Vaccination in Bombay 1869-1873 - 1869-1873
Year: 1869
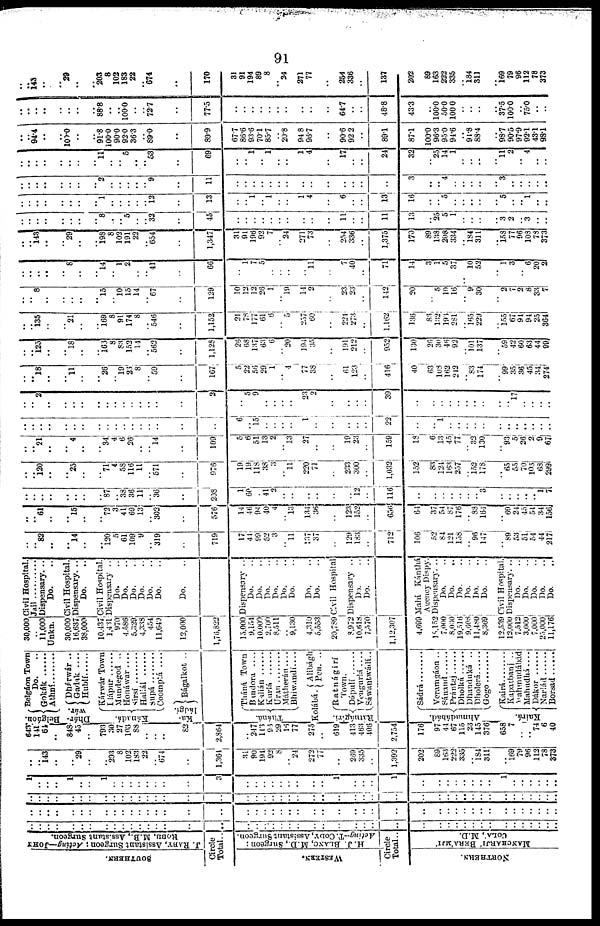
91
SOUTHERN.
J. RABY, Assistant Surgeon; Acting—JOHS
HOBB, M.B., Assistant Surgeon.
Circle
Total ..
WESTERN.
H. J. BLANC, M.D., Surgeon ;
Acting-T. CODY, Assistant Surgeon.
Circle
Total ..
NORTHERN.
MANCHARJI' BERA,MJI'
COLA', M.D.
..
..
..
..
..
..
..
..
..
..
..
..
..
..
..
..
..
..
..
..
..
..
..
..
..
..
..
..
..
..
..
..
..
..
..
..
..
..
..
..
..
..
..
..
..
..
..
..
..
..
..
..
..
..
..
..
..
..
..
..
..
..
..
..
..
..
..
..
..
..
..
..
..
..
..
..
..
..
..
..
..
..
..
..
..
..
..
..
..
..
..
..
..
..
..
..
..
..
..
..
..
..
..
..
..
..
..
..
..
..
..
..
..
..
..
..
..
..
..
.. ..
..
..
..
..
..
..
..
..
..
..
..
..
..
..
..
..
..
1
..
..
..
1
..
..
1
..
..
..
..
..
..
..
..
3
..
..
..
..
..
..
..
..
..
1
..
..
..
1
..
..
..
..
..
..
..
..
1
..
..
..
..
..
..
..
.. 143
..
..
29
..
..
203
8
102
183
22
..
674
..
1,364
31
90
194
92
8
.. 24
272
77
..
269
335
..
1,392
203
89
163
222
335
.. 184
311
..
169
79
96
112
78
373
64.3
141
64
..
848
45
..
793
30
27
103
88
..
..
..
82
2,864
..
247
143
96
29
16
77
275
..
619 413
463
406
2,745 176
97
44
67
115
23
145
376
658
7
.. .. 74
6
40
Belgáon
Belgáon Town
Do. ..
Gokák ......
Athní..........
Dhár¬
wár.
Kánadá
Dhárwár ..
Gadak ....
Hublí......
Kárwár Town
Hápur ......
Mundegod ..
Honáwar ....
Sirsí ........
Haliál ........
Supá ........
Coomptá ....
Ka¬
ládgi.
Bágalkot ..
Tháná.
Tháná Town
Bmdora ....
Kalián........
Kurlá
......
Uran........
Mátherán ....
Bhiwandí....
Kolábá.
Ratnágirí.
Alibágh
Pen. ..
Ratnágirí
Town.
Dápulí ......
Vengurlá.... Sáwantwádá..
Ahmadábád
Kairá
Sádrá ......
Veramgáon ..
Sánand ......
Prántej......
Dholká ..
Dhanduká ..
Dholerá......
Gogo........
Kairá ........
Kapatbanj ..
Vahmudábád
Mahudhá....
Dákor ......
Nariád........
Borsad ......
30,000
.. 11,000
Unkn.
30,000
16,637
38,000
10,437
1,431
970
4,586
6,329
4,338
454
11,649
12,000
1,76,822
15,000
9,154
10,000
2,700
8,511
.. 9,130
4,310
5,553
20,789
8,972
10,618
7,570
1,12,307
4,699
18,152
7,000
8,030
19,516
9,608
11,480
8,369
12,539
12,000
7,512
3,000
7,000
25,000
11,176
Civil Hospital.
Jail............
Dispensary. ..
Do. ..
Civil Hospital.
.Dispensary. ..
Do. ..
Civil Hospital .
Dispensary ..
Do. ..
Do. ..
Do. ..
Do. ..
Do. ..
Do. ..
Do. ..
Dispensery ..
Do. ..
Do. ..
Do. ..
Do. ..
Do. ..
Do. ..
Do. ..
Do. ..
Civil Hospital
Dispensary ..
Do. ..
Do. ..
Mahí Kánthá
Agency Dispy.
Dispensary. ..
Do. ..
Do. ..
Do. ..
Do. ..
Do. ..
Do. ..
Civil Hospital.
Dispensary. ..
Do. ..
Do. ..
Do. ..
Do. ..
Do. ..
..
.. 82
..
..
14
..
..
120
5 61
109
9
.. 319
..
719
17
41
99
52
3
.. 11
137
37
..
129
183
..
712
106
52
84
121
158,
.. 96
147
..
89
53
51
54
44
217
..
.. 61
..
..
15
..
..
72
3
41
69
13
.. 302
..
576
14
46
94
40
4
.. 13
134
36
..
123
152
..
656
64
37
54
87
176
.. 88
164
..
69
24
45
54
34
156
..
..
..
..
..
..
..
..
87
.. 33
36
11
.. 36
..
208
11
60
.. 41
2
..
..
..
..
..
..
12
..
116
..
..
..
..
..
..
.. 3
..
..
..
..
.. 1
7
..
.. 120
..
..
25
..
..
71
4
58
116
11
.. 571
..
976
19
19
118
38
3
..
11
220
71
..
233
300
..
1,032
152
83
124
163
257
.. 152
178
..
65
55
70
103
68
299
..
.. 21
..
..
4
..
..
34
4
6
26
..
.. 14
..
109
5
6
51
13
2
.. 13
27
..
..
19
23
..
159
18
6
13
45
77
.. 32
130
..
93
5
26
2
9
67
..
..
..
..
..
..
..
..
..
..
..
..
..
..
..
..
..
6
.. 15
..
..
..
..
1
..
..
..
..
..
22
..
.. 1
..
..
..
..
..
..
..
..
..
..
..
..
..
.. 2
..
..
..
..
..
..
..
..
..
..
..
..
..
2
..
5
9
..
..
..
..
23
2
..
..
..
..
39
..
..
..
..
..
..
..
..
..
.. 17
..
..
..
..
..
.. 18
..
..
11
..
..
26
.. 19
23
8
.. 59
..
167
5
22
56
29
1
.. 4
77
38
..
61
123
..
416
40
63
108
162
242
.. 83
174
..
99
35
36
45
34
274
..
.. 125
..
..
18
..
..
163
8
83
152
14
.. 562
..
1,128
26
68
137
63
6
.. 20
194
35
..
191
212
..
952
130
26
30
46
92
.. 101
137
..
59
42
60
63
44
99
..
.. 135
..
..
21
..
..
169
8
91
174
8
.. 546
..
1,152
21
78
177
61
6
.. 5
257
60
..
224
273
..
1,162
136
86
132
193
281
.. 165
229
.. 165
67
94
94
25
364
..
.. 8
..
..
..
..
..
15
.. 10
15
14
.. 67
..
129
10
12
12
26
1
.. 19
14
2
..
23
23
..
142
20
.. 5
10
16
.. 9
30
..
.. 7
2
8
33
7
..
..
..
..
..
8
..
..
14
.. 1
2
..
.. 41
..
66
..
1
7
5
..
..
..
..
11
..
7
40
..
71
14
3
1
5
37
.. 10
52
..
1
3
.. 6
20
2
..
..
..
..
..
29
..
..
198
8
102
191
22
.. 654
..
1,347
31
91
196
92
7
.. 24
271
73
..
254
336
..
1,375
170
89
138
208
334
.. 184
311
..
158
77
96
103
78
373
..
..
..
..
..
..
..
..
8
..
.. 5
..
.. 32
..
45
..
..
..
..
..
..
..
..
..
..
11
..
..
11
13
.. 25
5
1
..
..
..
..
3
2
.. 3
..
..
..
..
..
..
..
..
..
..
1
..
..
..
..
.. 12
..
13
..
.. 1
.. 1
..
..
1
4
..
6
..
..
13
16
..
.. 5
..
..
..
..
..
5
..
.. 1
..
..
..
..
..
..
..
..
..
..
2
..
..
..
..
.. 9
..
11
..
..
..
..
..
..
..
..
..
..
..
..
..
..
3
..
.. 4
..
..
..
..
..
3
..
..
..
..
..
..
..
..
..
..
..
..
..
11
..
.. 5
.. .. 53
..
69
..
.. 1
.. 1
..
..
1
4
..
17
..
..
24
32
.. 25
14
1
..
..
..
..
11
2
.. 4
..
..
..
.. 94.4
..
..
100.0
..
..
91.8
100.0
90.0
92.0
36.3
.. 89.0
..
89.9
67.7
86.6
93.6
70.1
85.7
.. 20.8
94.8
96.7
..
90.6
92.2
..
89.1
87.1
100.0
96.3
95.0
94.6
.. 91.8
88.4
..
98.7
90.5
97.9
92.1
43.1
98.1
..
.. ..
..
..
..
..
..
88.8
..
100.0
..
..
.. 72.7
..
77.5
..
..
..
..
..
..
..
..
..
..
64.7
..
..
48.8
43.3
.. 100.0
50.0
100.0
..
..
..
..
37.5
100.0
.. 75.0
..
..
..
.. 143
..
..
29
..
..
203
8
102
183
22
.. 674
..
170
31
91
194
89
8
.. 24
271
77
..
254
336
..
137
202
89
163
222
335
.. 184
311
..
169
79
96
112
78
373